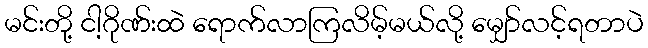
မင်းတို့ ငါ့ဂိုဏ်းထဲ ရောက်လာကြလိမ့်မယ်လို့ မျှော်လင့်ရတာပဲ